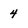
Character: 4